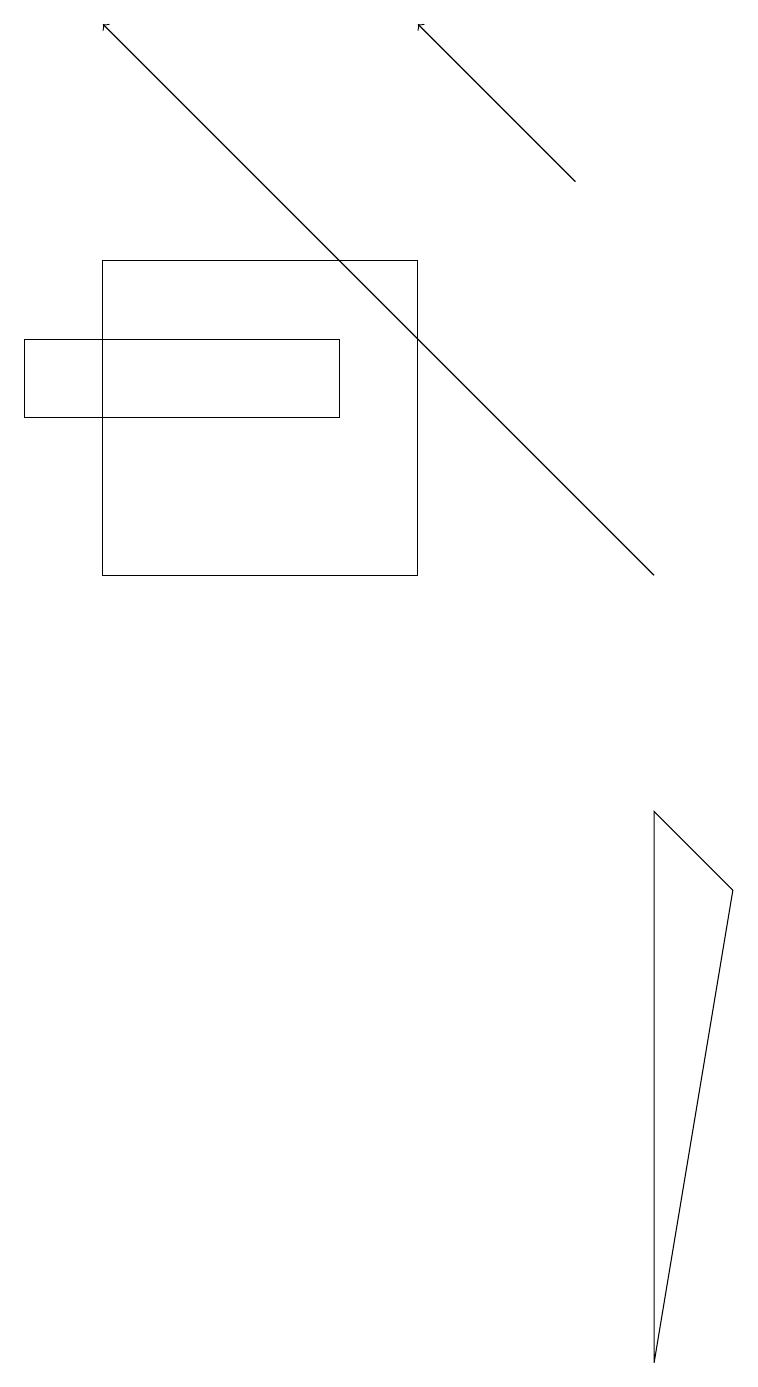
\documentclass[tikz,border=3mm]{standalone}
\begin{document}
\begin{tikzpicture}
\draw[->] (8,11) -- (1,18);
\draw (9,7) -- (8,8) -- (8,1) -- cycle;
\draw[->] (7,16) -- (5,18);
\draw (1,15) rectangle (5,11);
\draw (4,13) rectangle (0,14);
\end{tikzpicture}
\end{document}